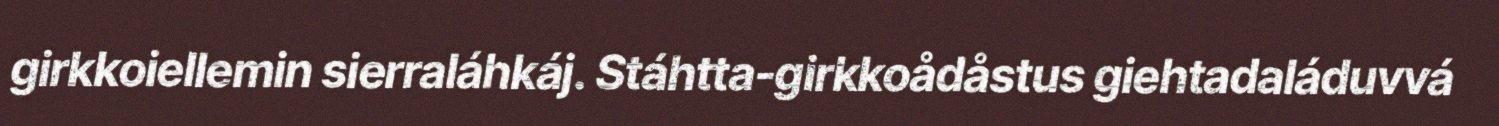
girkkoiellemin sierraláhkáj. Stáhtta-girkkoådåstus giehtadaláduvvá